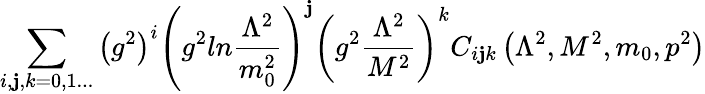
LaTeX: \sum_{i,\mathbf{j},k=0,1...}\left(g^{2}\right)^{i}\left(g^{2}ln{\frac{{\Lambda^{2}}}{{m_{0}^{2}}}}\right)^{\mathbf{j}}\left(g^{2}{\frac{{\Lambda^{2}}}{{M^{2}}}}\right)^{k}C_{i\mathbf{j}k}\left(\Lambda^{2},M^{2},m_{0},p^{2}\right)